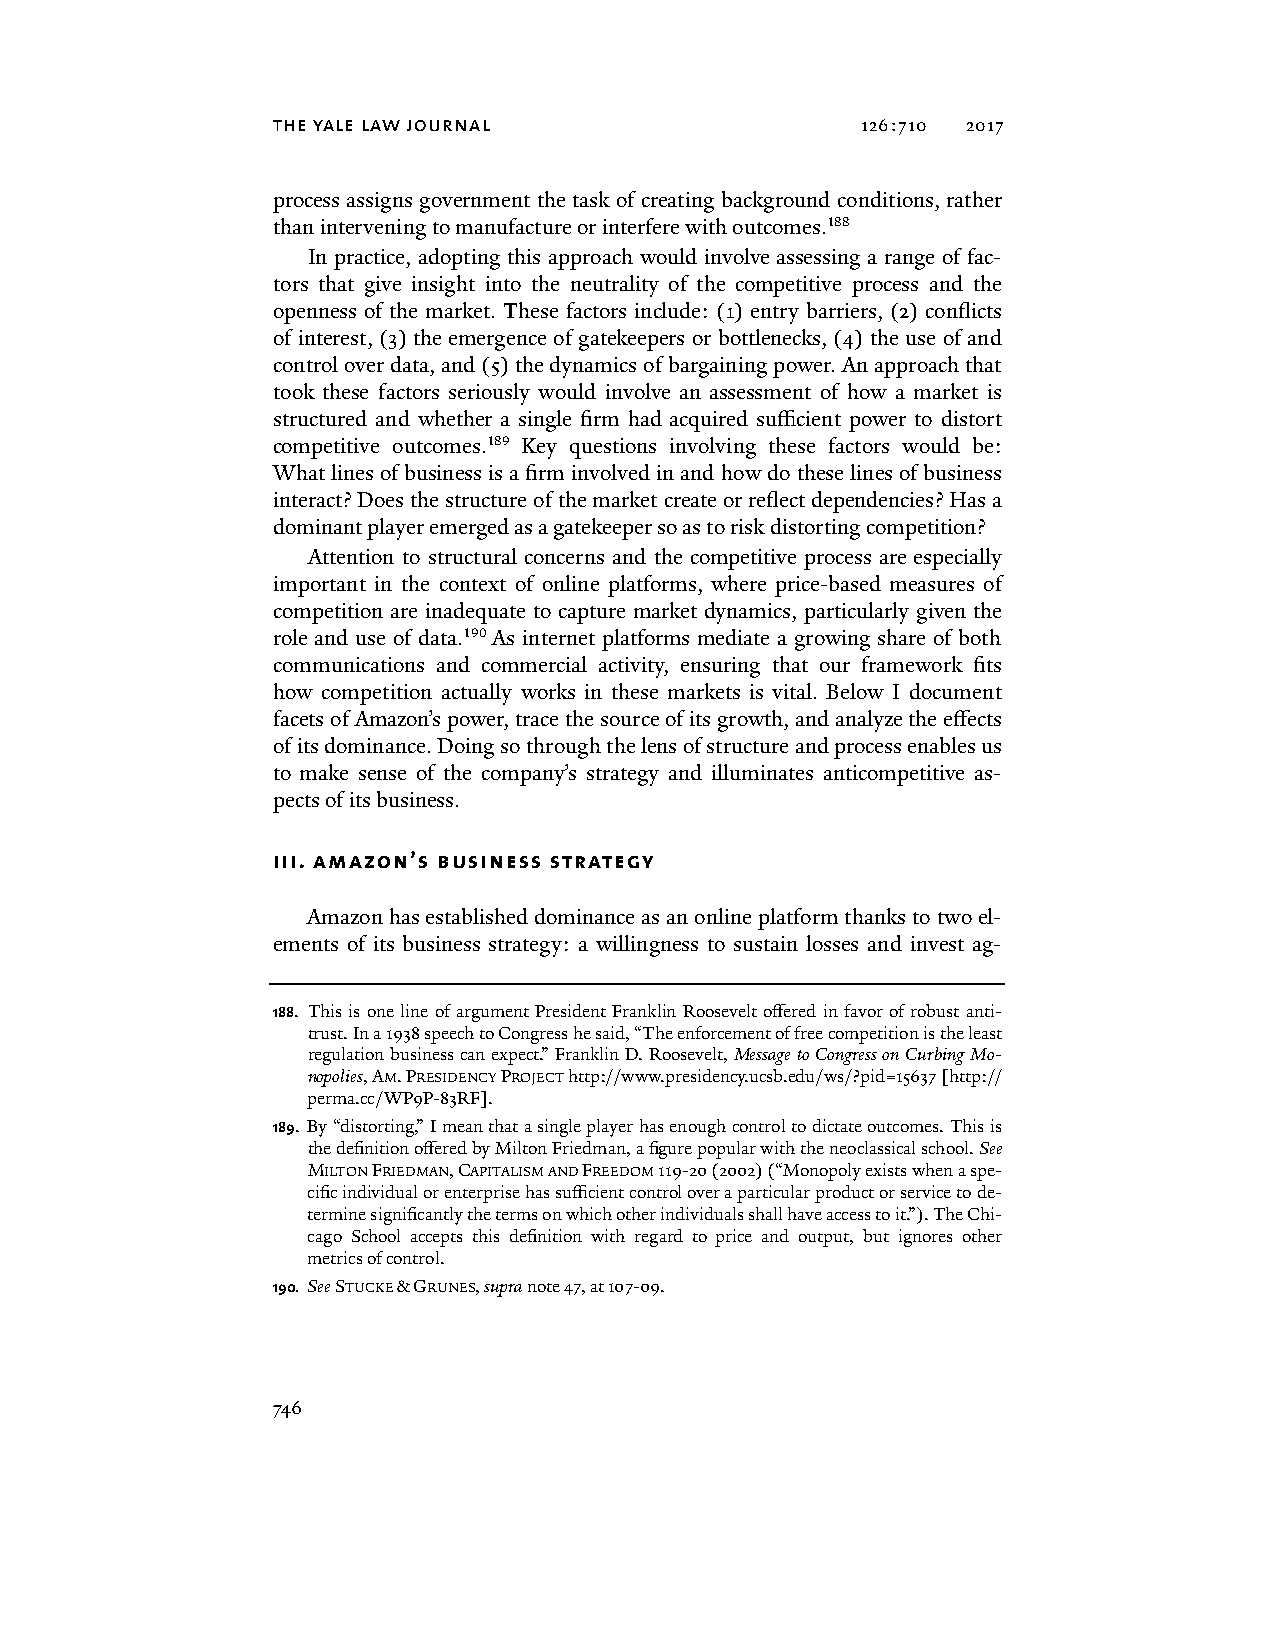
the yale law journal                   126:710 2017
 process assigns government the task of creating background conditions, rather
 than intervening to manufacture or interfere with outcomes.188
 In practice, adopting this approach would involve assessing a range of fac-
 tors that give insight into the neutrality of the competitive process and the
 openness of the market. These factors include: (1) entry barriers, (2) conflicts
 of interest, (3) the emergence of gatekeepers or bottlenecks, (4) the use of and
 control over data, and (5) the dynamics of bargaining power. An approach that
 took these factors seriously would involve an assessment of how a market is
 structured and whether a single firm had acquired sufficient power to distort
 competitive outcomes.189 Key questions involving these factors would be:
 What lines of business is a firm involved in and how do these lines of business
 interact? Does the structure of the market create or reflect dependencies? Has a
 dominant player emerged as a gatekeeper so as to risk distorting competition?
 Attention to structural concerns and the competitive process are especially
 important in the context of online platforms, where price-based measures of
 competition are inadequate to capture market dynamics, particularly given the
 role and use of data.190 As internet platforms mediate a growing share of both
 communications and commercial activity, ensuring that our framework fits
 how competition actually works in these markets is vital. Below I document
 facets of Amazon’s power, trace the source of its growth, and analyze the effects
 of its dominance. Doing so through the lens of structure and process enables us
 to make sense of the company’s strategy and illuminates anticompetitive as-
 pects of its business.
 iii. amazon’s business strategy
 Amazon has established dominance as an online platform thanks to two el-
 ements of its business strategy: a willingness to sustain losses and invest ag-
 188. This is one line of argument President Franklin Roosevelt offered in favor of robust anti-
 trust. In a 1938 speech to Congress he said, “The enforcement of free competition is the least
 regulation business can expect.” Franklin D. Roosevelt, Message to Congress on Curbing Mo-
 nopolies, AM. PRESIDENCY PROJECT http://www.presidency.ucsb.edu/ws/?pid=15637 [http://
 perma.cc/WP9P-83RF].
 189. By “distorting,” I mean that a single player has enough control to dictate outcomes. This is
 the definition offered by Milton Friedman, a figure popular with the neoclassical school. See
 MILTON FRIEDMAN, CAPITALISM AND FREEDOM 119-20 (2002) (“Monopoly exists when a spe-
 cific individual or enterprise has sufficient control over a particular product or service to de-
 termine significantly the terms on which other individuals shall have access to it.”). The Chi-
 cago School accepts this definition with regard to price and output, but ignores other
 metrics of control.
 190. See STUCKE & GRUNES, supra note 47, at 107-09.
 746